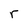
Character: r